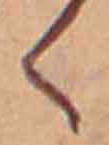
く